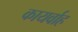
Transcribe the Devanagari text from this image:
कायर्वाह